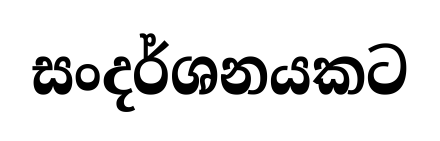
සංදර්ශනයකට